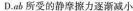
D.ab所受的静摩擦力逐渐减小